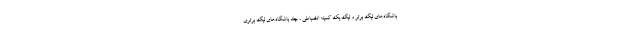
باشگاه‌های لیگ برتر و لیگ یک کمیته انضباطی ، چند باشگاه‌های لیگ برتری